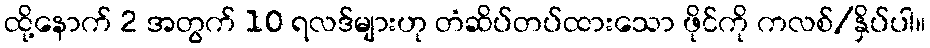
ထို့နောက် 2 အတွက် 10 ရလဒ်များဟု တံဆိပ်တပ်ထားသော ဖိုင်ကို ကလစ်/နှိပ်ပါ။